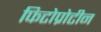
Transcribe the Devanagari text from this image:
फिटोप्रोटीन